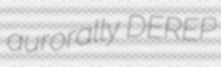
aurorally DEREP